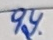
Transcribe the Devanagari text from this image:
पय